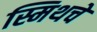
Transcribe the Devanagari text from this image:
स्मिथचे